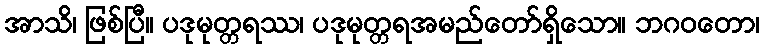
အာသိ၊ ဖြစ်ပြီ။ ပဒုမုတ္တရဿ၊ ပဒုမုတ္တရအမည်တော်ရှိသော။ ဘဂဝတော၊